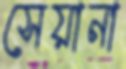
সেয়ানা